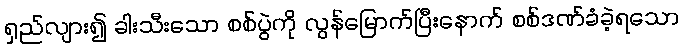
ရှည်လျား၍ ခါးသီးသော စစ်ပွဲကို လွန်မြောက်ပြီးနောက် စစ်ဒဏ်ခံခဲ့ရသော